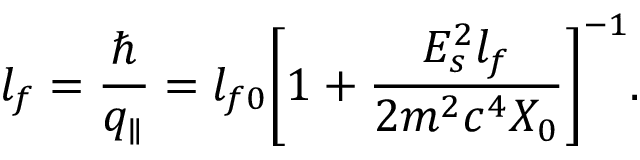
l _ { f } = { \frac { \hbar } { q _ { \parallel } } } = l _ { f 0 } \bigg [ 1 + { \frac { E _ { s } ^ { 2 } l _ { f } } { 2 m ^ { 2 } c ^ { 4 } X _ { 0 } } } \bigg ] ^ { - 1 } .